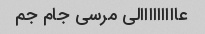
عااااااااالی مرسی جام جم